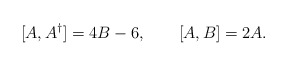
\begin{align*}[A,A^\dagger] = 4 B - 6, \qquad[A,B] = 2 A.\end{align*}